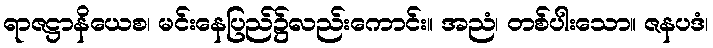
ရာဇဋ္ဌာနိယေစ၊ မင်းနေပြည်၌လည်းကောင်း။ အညံ၊ တစ်ပါးသော။ ဇနပဒံ၊